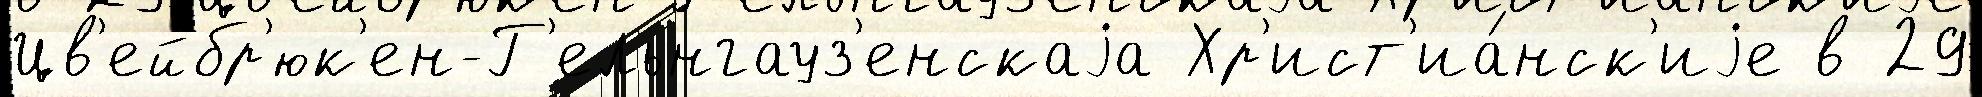
Цв'ейбр'юк'ен-Г'ельнгауз'енскаjа Хр'ист'иа́нск'иjе в 29